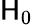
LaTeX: \mathsf{H}_{0}